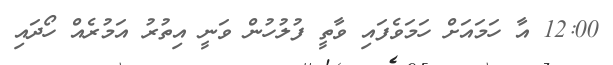
12:00 އާ ހަމައަށް ހަމަވެފައި ވާތީ ފުލުހުން ވަނީ އިތުރު އަމުރެއް ހޯދައި